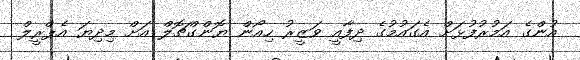
އުންގެ އަމުރުފުޅަށް އެގައުމުގެ ދިފާއީ ވަޒީރު ހިއޯން ޔޮންގްޗޮލް އަށް މިދިޔަ އެޕްރީލް